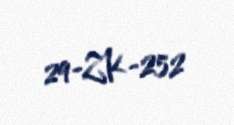
29-ZK-252